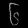
Digit: ၆